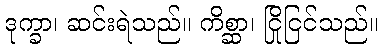
ဒုက္ခာ၊ ဆင်းရဲသည်။ ကိစ္ဆာ၊ ငြိုငြင်သည်။